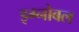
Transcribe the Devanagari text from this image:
इग्नोबल